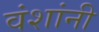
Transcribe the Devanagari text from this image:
वंशांनी